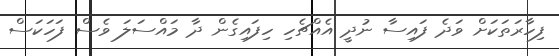
ފިހާރަތަކަށް ވަދެ ފައިސާ ނުދީ އެއްޗެހި ހިފައިގެން ދާ މައްސަލަ ވެސް ފަހަކަސް